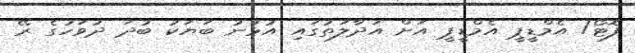
ފޮޓޯ/ އެމްޑީޕީ އެމްޑީޕީ އަށް އަދާލަތުގައި އުޅުނު ބަޔަކު ބުދަ ދުވަހުގެ ރޭ